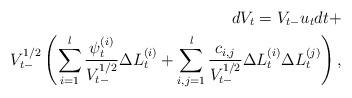
LaTeX: \begin{align*}dV_t=V_{t-}u_t dt+ \\V^{1/2}_{t-}\left(\sum^{l}_{i=1}\frac{\psi^{(i)}_t}{V^{1/2}_{t-}} \Delta L^{(i)}_t+\sum^{l}_{i,j=1} \frac{c_{i,j}}{V^{1/2}_{t-}} \Delta L^{(i)}_t \Delta L^{(j)}_t\right),\end{align*}